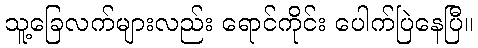
သူ့ခြေလက်များလည်း ရောင်ကိုင်း ပေါက်ပြဲနေပြီ။